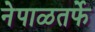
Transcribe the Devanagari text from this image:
नेपाळतर्फे